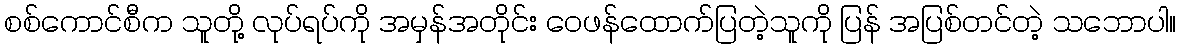
စစ်ကောင်စီက သူတို့ လုပ်ရပ်ကို အမှန်အတိုင်း ဝေဖန်ထောက်ပြတဲ့သူကို ပြန် အပြစ်တင်တဲ့ သဘောပါ။